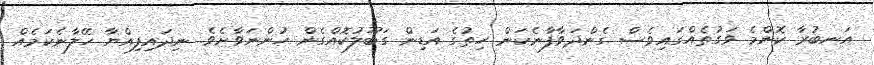
އަނބުރާ ކޮންމެ ވަގުތެއްގައިވެސް ގެންދަވާފާނެކަން ހިތުގެ އަޑިން ގަބޫލުކޮއްގެން ހުންނަވާށެވެ. ނިދައިފިއްޔާ ހޭލާނެކަމެއް